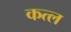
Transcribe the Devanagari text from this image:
कत्‍ल